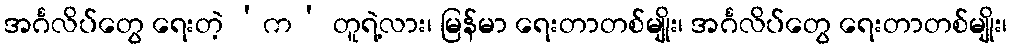
အင်္ဂလိပ်တွေ ရေးတဲ့ ‘က’ တူရဲ့လား၊ မြန်မာ ရေးတာတစ်မျိုး၊ အင်္ဂလိပ်တွေ ရေးတာတစ်မျိုး၊